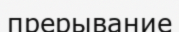
прерывание